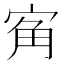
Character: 𭓲